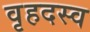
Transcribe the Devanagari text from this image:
वृहदस्व